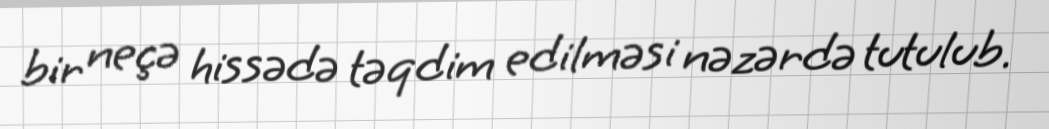
bir neçə hissədə təqdim edilməsi nəzərdə tutulub.